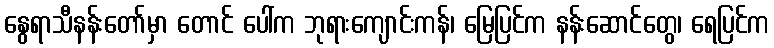
နွေရာသီနန်းတော်မှာ တောင် ပေါ်က ဘုရားကျောင်းကန်၊ မြေပြင်က နန်းဆောင်တွေ၊ ရေပြင်က